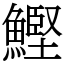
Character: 鰹